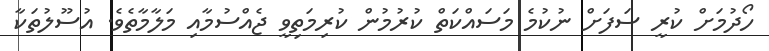
ހޯދުމަށް ކުރީ ސަފަށް ނުކުމެ މަސައްކަތް ކުރުމުން ކުރިމަތިވީ ޖެއްސުމާއި މަލާމާތެވެ. އުސޫލުތަކާ